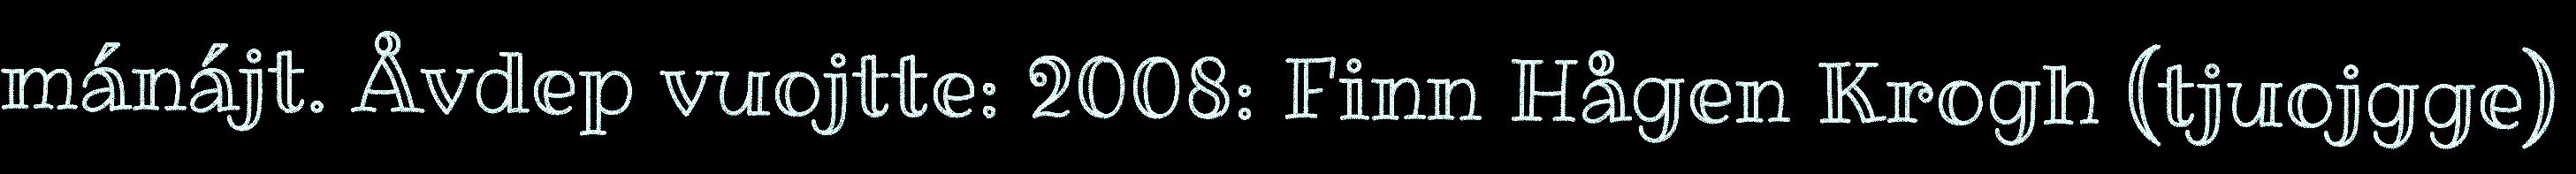
mánájt. Åvdep vuojtte: 2008: Finn Hågen Krogh (tjuojgge)